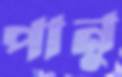
পানু